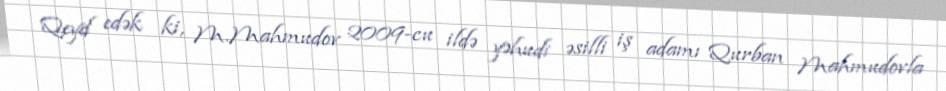
Qeyd edək ki, M.Mahmudov 2009-cu ildə yəhudi əsilli iş adamı Qurban Mahmudovla